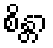
စိန္တာ